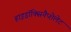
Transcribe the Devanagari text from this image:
हाइड्रॉक्सिनैप्शेलेट